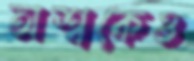
অশ্বকেও